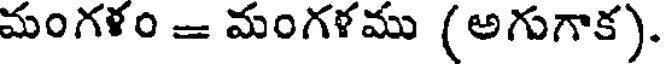
మంగళం = మంగళము (అగుగాక).